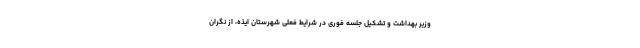
وزیر بهداشت و تشکیل جلسه فوری در شرایط فعلی شهرستان ایذه، از نگران